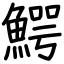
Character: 鰐